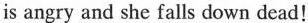
is angry and she falls down dead!